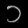
Digit: ၁